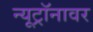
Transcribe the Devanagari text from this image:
न्यूट्रॉनावर